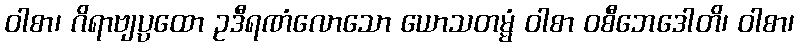
ဝါစာ၊ ဂိရာဗျပ္ပထော ဥဒီရဏံလောသော ယောသတမ္မံ ဝါစာ ဝစီဘေဒေါတိ၊ ဝါစာ၊